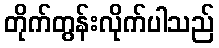
တိုက်တွန်းလိုက်ပါသည်